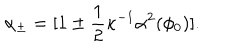
LaTeX: \alpha _ { \pm } = [ 1 \pm \frac { 1 } { 2 } \kappa ^ { - 1 } \alpha ^ { 2 } ( \phi _ { 0 } ) ] .